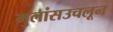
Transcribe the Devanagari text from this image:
मुलांसउचलून